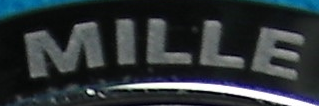
MILLE